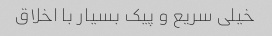
خیلی سریع و پیک بسیار با اخلاق